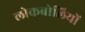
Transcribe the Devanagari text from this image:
लोकबोलियों